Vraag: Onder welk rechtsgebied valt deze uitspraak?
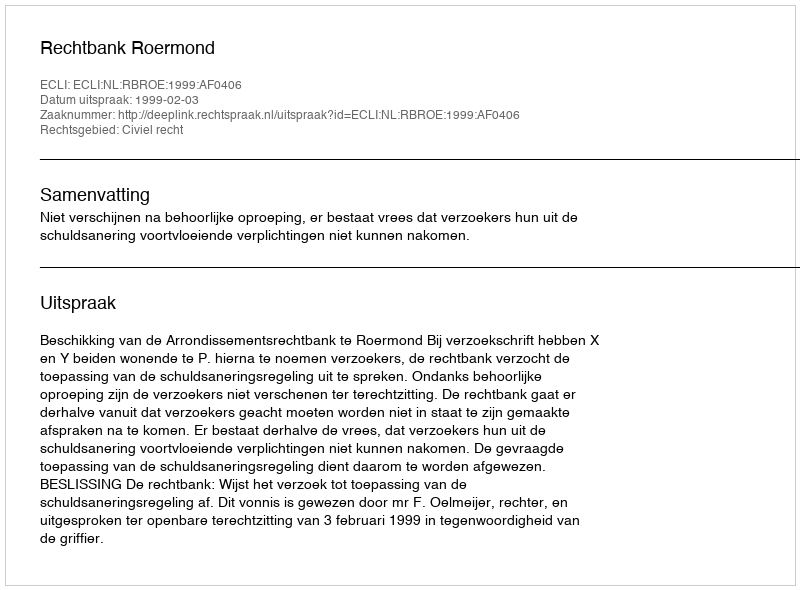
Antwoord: Civiel recht